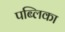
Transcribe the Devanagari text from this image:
पब्लिका